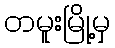
တမူးမြို့မှ